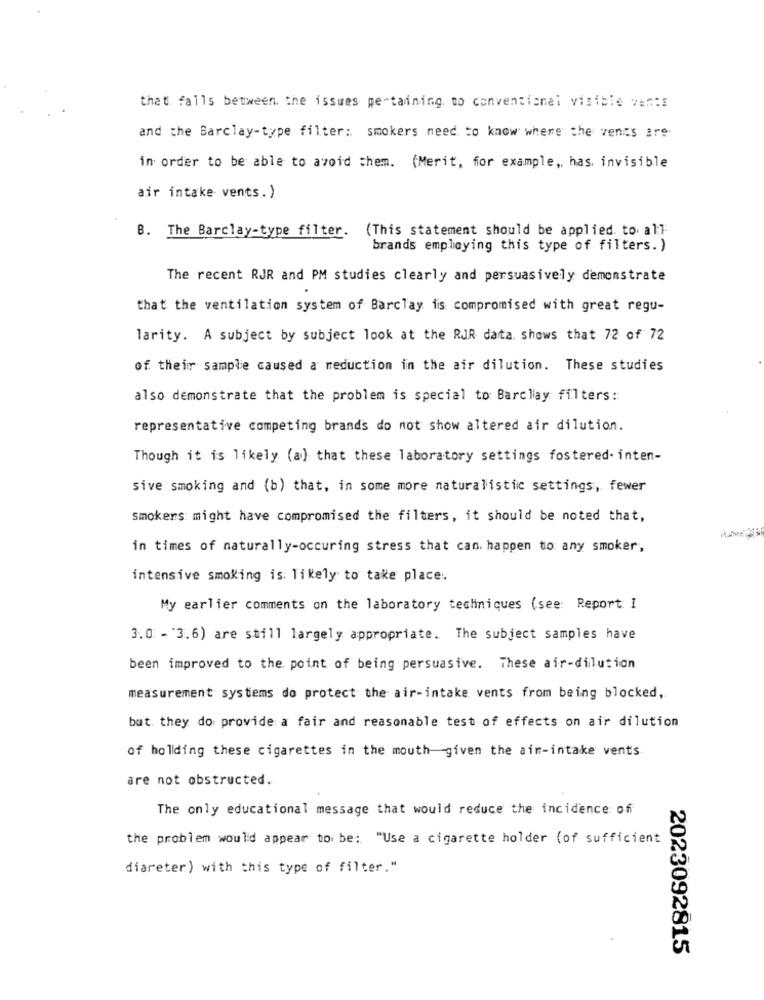
that falls between. the issues pertaining to conventional visible vents
and the Barclay-type filter: smokers need to know where the vencs are
in order to be able to avoid them. (Merit, for example ,, has. invisible
air intake vents.)
B. The Barclay-type filter. (This statement should be applied. to all
brands employing this type of filters. )
The recent RJR and PM studies clearly and persuasively demonstrate
that the ventilation system of Barclay is compromised with great regu-
larity. A subject by subject look at the RJR data, shows that 72 of 72
of their sample caused a reduction in the air dilution. These studies
also demonstrate that the problem is special to Barclay filters:
representative competing brands do not show altered air dilution.
Though it is likely (a) that these laboratory settings fostered- inten-
sive smoking and (b) that, in some more naturalistic settings, fewer
smokers: might have compromised the filters, it should be noted that,
in times of naturally-occuring stress that can. happen to any smoker,
intensive smoking is: likely to take place :.
My earlier comments on the laboratory techniques (see: Report I
3.0: - 3.6) are still largely appropriate. The subject samples have
been improved to the point of being persuasive. These air-dilution
measurement systems do protect the air-intake vents from being blocked,
but they do: provide a fair and reasonable test of effects on air dilution
of holding these cigarettes in the mouth given the aim-intake vents
are not obstructed.
The only educational message that would reduce the incidence of
the problem would appear to be: "Use a cigarette holder (of sufficient
diareter) with this type of filter."
2023092815